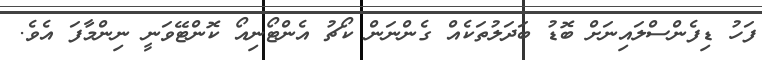
ފަހު ޑިފެންސްލައިނަށް ބޮޑު ބަދަލުތަކެއް ގެންނަން ކޯޗު އެންޓޯނިއޯ ކޮންޓޭވަނީ ނިންމާފަ އެވެ.